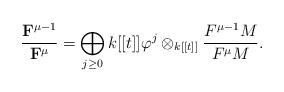
LaTeX: \begin{align*}\frac{{\bf F}^{{\mu}-1}}{{\bf F}^{{\mu}}}=\bigoplus_{j\ge0}k[[t]]\varphi^j\otimes_{k[[t]]}\frac{F^{{\mu}-1}M}{F^{\mu}M}.\end{align*}